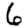
Digit: 6